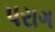
પરાગ